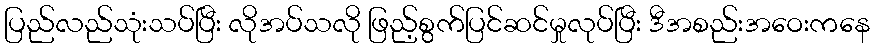
ပြည်လည်သုံးသပ်ပြီး လိုအပ်သလို ဖြည့်စွက်ပြင်ဆင်မှုလုပ်ပြီး ဒီအစည်းအဝေးကနေ